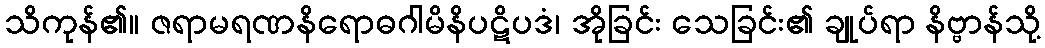
သိကုန်၏။ ဇရာမရဏနိရောဓဂါမိနိပဋိပဒံ၊ အိုခြင်း သေခြင်း၏ ချုပ်ရာ နိဗ္ဗာန်သို့